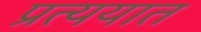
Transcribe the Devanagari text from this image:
प्रत्ययात